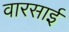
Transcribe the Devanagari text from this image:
वारसाई